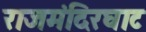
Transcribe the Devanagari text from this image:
राजमंदिरघाट